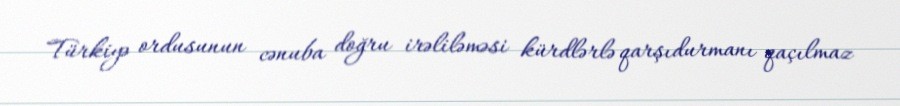
Türkiyə ordusunun cənuba doğru irəliləməsi kürdlərlə qarşıdurmanı qaçılmaz